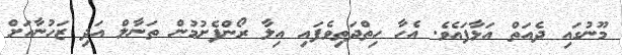
މޫނުގައި ދެއަތް އަޅާފައެވެ. އެހާ ހިތްދަތިވެފައި އިލާ ރޯންފެށުމުން ތަނާލް އަދި ޒަހުނާއަށް